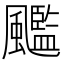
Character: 𲋌